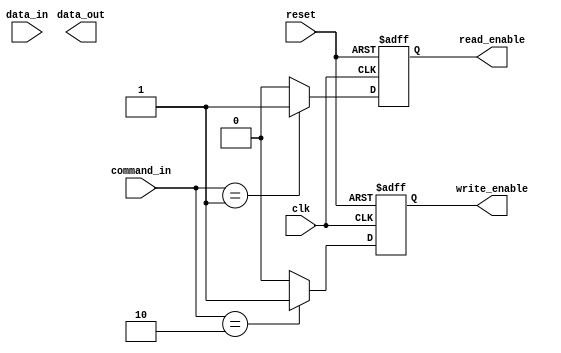
module memory_controller (
    input wire clk,                 // Clock input
    input wire reset,               // Reset input
    input wire [7:0] command_in,    // Incoming command from processing unit
    input wire [15:0] data_in,      // Data input
    output reg [15:0] data_out,     // Data output
    output reg read_enable,         // Read enable signal
    output reg write_enable         // Write enable signal
);

// Command decoder block
always @ (posedge clk or posedge reset)
begin
    if (reset)
    begin
        read_enable <= 0;
        write_enable <= 0;
    end
    else
    begin
        case (command_in)
            // Command to read data from memory
            8'h01: begin
                read_enable <= 1;
                write_enable <= 0;
            end
            // Command to write data to memory
            8'h02: begin
                read_enable <= 0;
                write_enable <= 1;
            end
            default: begin
                read_enable <= 0;
                write_enable <= 0;
            end
        endcase
    end
end

// Address generator block (implementation not shown)
// Data buffer block (implementation not shown)
// Arbitration logic block (implementation not shown)
// Error detection and correction block (implementation not shown)

endmodule